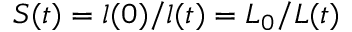
S ( t ) = l ( 0 ) / l ( t ) = L _ { 0 } / L ( t )